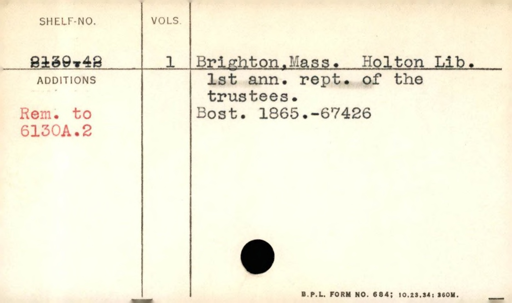
Label: content